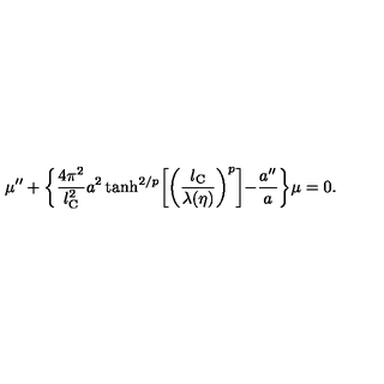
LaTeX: \mu ^ { \prime \prime } + \biggl \{ \frac { 4 \pi ^ { 2 } } { l _ { \mathrm { C } } ^ { 2 } } a ^ { 2 } \tanh ^ { 2 / p } \biggl [ \biggl ( \frac { l _ { \mathrm { C } } } { \lambda ( \eta ) } \biggr ) ^ { p } \biggl ] - \frac { a ^ { \prime \prime } } { a } \biggr \} \mu = 0 .